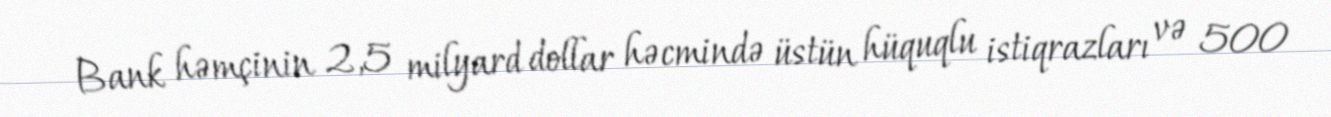
Bank həmçinin 2,5 milyard dollar həcmində üstün hüquqlu istiqrazları və 500